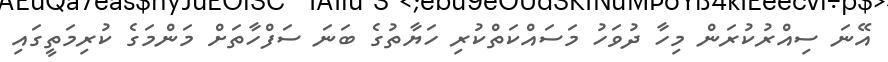
އޭނަ ސިއްރުކުރަން މިހާ ދުވަހު މަސައްކަތްކުރި ހަޔާތުގެ ބަނަ ސަފްހާތަށް މަންމަގެ ކުރިމަތީގައި